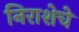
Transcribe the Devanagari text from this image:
निराशेचे